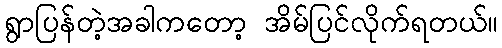
ရွာပြန်တဲ့အခါကတော့ အိမ်ပြင်လိုက်ရတယ်။